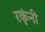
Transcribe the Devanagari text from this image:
रकृंनी